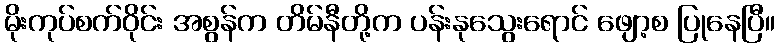
မိုးကုပ်စက်ဝိုင်း အစွန်က တိမ်နီတို့က ပန်းနုသွေးရောင် ဖျော့စ ပြုနေပြီ။